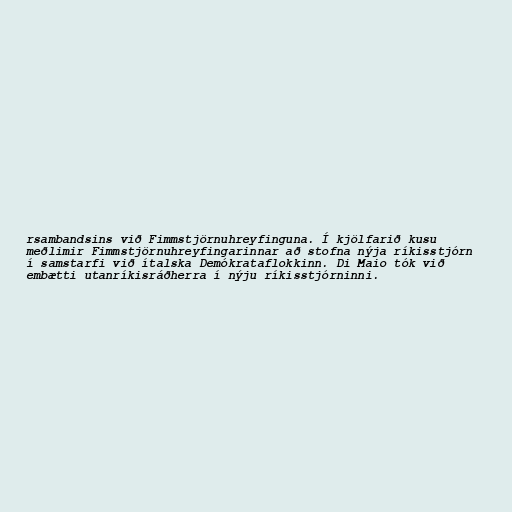
rsambandsins við Fimmstjörnuhreyfinguna. Í kjölfarið kusu
meðlimir Fimmstjörnuhreyfingarinnar að stofna nýja ríkisstjórn
í samstarfi við ítalska Demókrataflokkinn. Di Maio tók við
embætti utanríkisráðherra í nýju ríkisstjórninni.